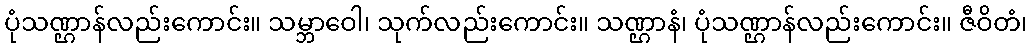
ပုံသဏ္ဌာန်လည်းကောင်း။ သမ္ဘာဝေါ၊ သုက်လည်းကောင်း။ သဏ္ဌာနံ၊ ပုံသဏ္ဌာန်လည်းကောင်း။ ဇီဝိတံ၊